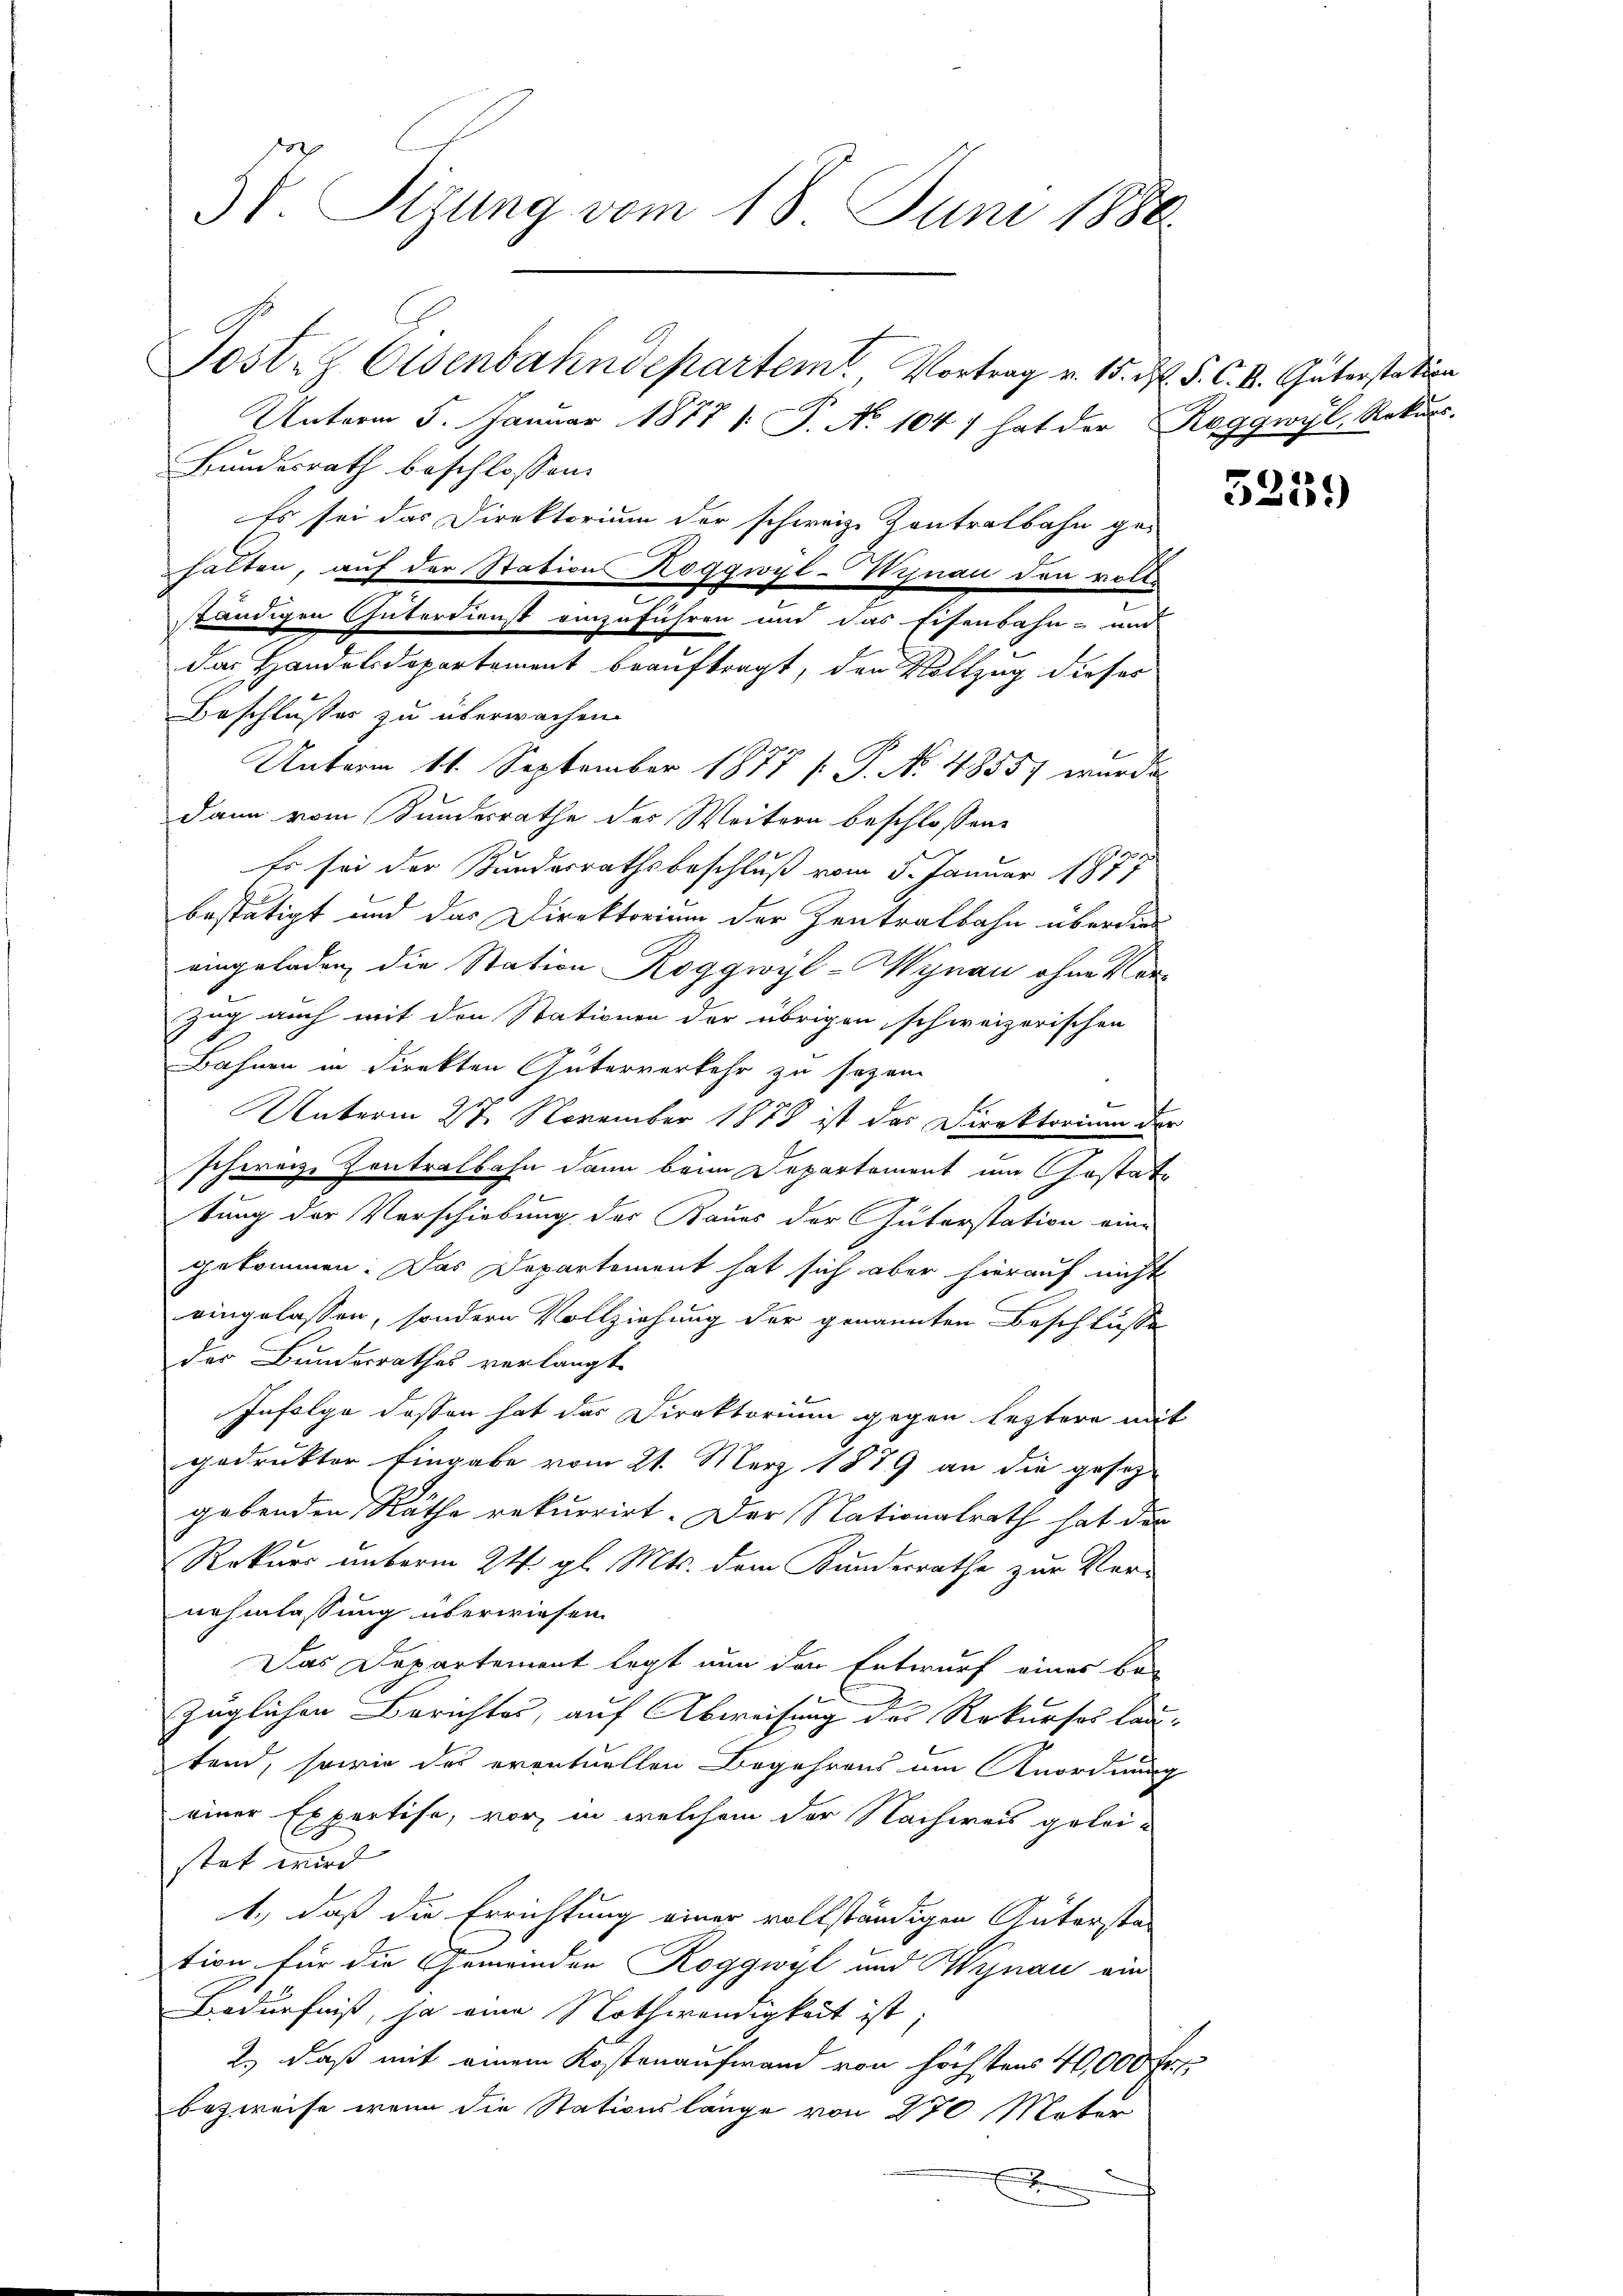
3 V. Sizung vom 18. Juni 1888.

Unterm 5. Januar 1877 1. P. No 1047 hat der Roggwyl, Rekur
Bundesrath beschlossen:
Es sei das Direktorium der schweiz. Kontralbahn ge-
halten, auf der Station Roggwyl-Wiznau den volle
Beschlusses zu überwachen.
Unterm 11. September 1877 [: P. No. 48557 wurde
dann vom Bundesrathe des Weitern beschlossen:
Es sei der Bundesrathsbeschluß vom 5. Januar 1877
bestätigt und das Direktorium der Zentralbahn überdies
eingeladen, die Station Roggwyl-Wynau ohne Vor¬
Zug auch mit den Stationen der übrigen schweizerischen
Bahnen in Direkten Güterverkehr zu sezen
Unterm 27. November 1878 ist das Direktorium der
schweize Contralbahn dann beim Departement um Gestattung der Vorschiebung der Baues der Guterstation eine
gekommen. Das Departement hat sich aber hierauf nicht
eingelassen, sondern Vollziehung der genannten Beschluße
der Bundesrathes verlangt.
Infolge dessen hat das Direktorium gegen leztere mit
gedrukter Eingabe vom 21. März 1879 an die gesetz-
gebenden Räthe rekurrirt. Der Nationalrath hat der
Rekurs unterm 24. gl. Mts. dem Kunderrathe zur Vernehmlassung überwiesen.
Das Departement legt nun den Entwurf eines be-
züglichen Berichtes, auf Abweisung des Rekurses lautend, sowie des eventuellen Begehrens um Anordnung
einer Expertise, vor, in welchem der Nachweis geleistet wird
1., daß die Errichtung einer vollständigen Gütersta-
tion für die Gemeinden Roggwyl und Wynau ein
Bedürfniß, ja eine Nothwendigkeit ist;
2.) Daß mit einem Kostenaufwand von höchstens 40,000 Fr
bezweife wenn die Stationslänge von 270 Mater
x

ständigen Güterdienst einzuführen und das Eisenbahn- und
Das Handelsdepartement beauftragt, den Vollzug dieses

Post. Osenbahndepartemt, Vortrag v. 15. M. P. C. V. Güterstation

5239)